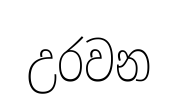
උරවන